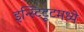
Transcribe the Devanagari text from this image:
इन्स्टिटूटमध्ये